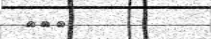
١١٠